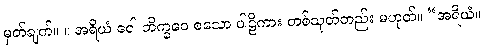
မှတ်ချက်။ ။ အရိယံ ဝေါ ဘိက္ခဝေ စသော ပါဠိကား တစ်သုတ်တည်း မဟုတ်။ “အရိယံ။